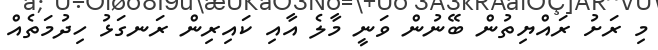
މި ރަށު ރައްޔިތުން ބޭނުން ވަނީ މާލެ އާއި ކައިރިން ރަނގަޅު ހިދުމަތެއް